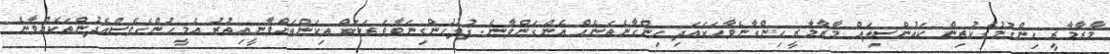
މާރާމާރީ ހިންގުމުގެކުރިން ކައުންސިލައް މާރާމާރީ ހިންގާނެވާހަކައަދި ހިންގާނެތަނެއް އެންގަންވާނެ. ފުލުހުންގިނަވާވަރަކަށް ތިކަންތަށްވާނީއިތުރު އެމީހުންގެވެސްއެދުންތަކެއްވާނެ